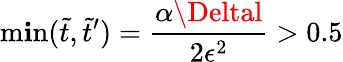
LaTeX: \operatorname*{m\mathbf{i}n}(\tilde{{t}},\tilde{{t}}^{\prime})=\frac{{\alpha\Deltal}}{{2\epsilon^{2}}}>0.5